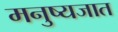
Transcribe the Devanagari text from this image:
मनुष्यजात